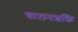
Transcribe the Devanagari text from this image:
चालनशक्ति